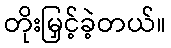
တိုးမြှင့်ခဲ့တယ်။